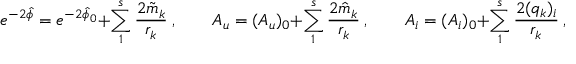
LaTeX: e ^ { - 2 \hat { \phi } } = e ^ { - 2 \hat { \phi } _ { 0 } } + \sum _ { 1 } ^ { s } { \frac { 2 \tilde { m } _ { k } } { r _ { k } } } \ , \qquad A _ { u } = ( A _ { u } ) _ { 0 } + \sum _ { 1 } ^ { s } { \frac { 2 \hat { m } _ { k } } { r _ { k } } } \ , \qquad A _ { i } = ( A _ { i } ) _ { 0 } + \sum _ { 1 } ^ { s } { \frac { 2 ( q _ { k } ) _ { i } } { r _ { k } } } \ , \qquad i = 4 , \dots 9 .